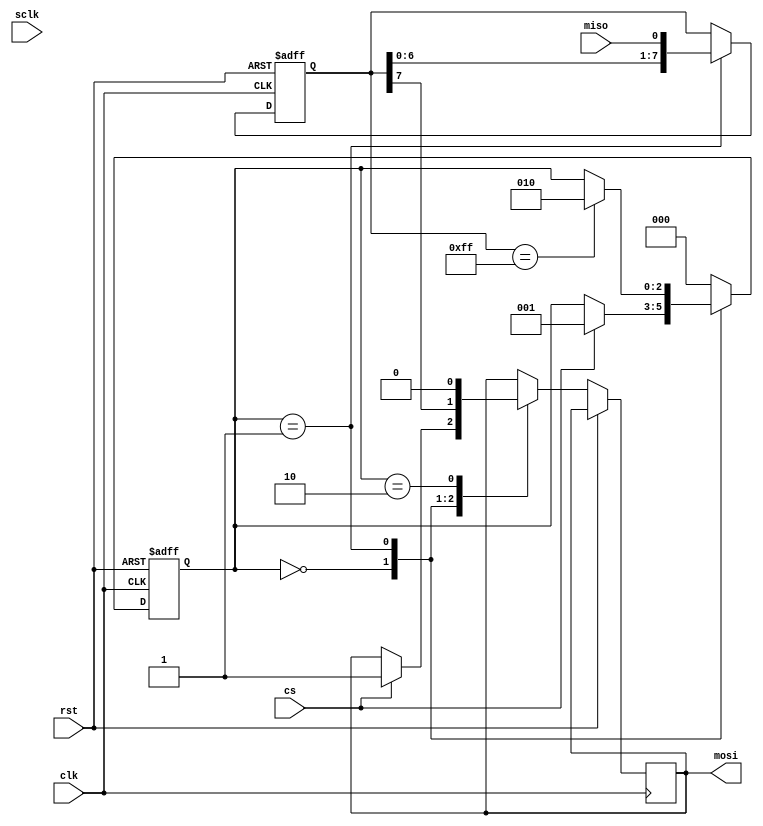
module spi_master (
  input wire clk,
  input wire rst,
  input wire cs,
  input wire sclk,
  output reg mosi,
  input wire miso
);

reg [7:0] data_reg;
reg [2:0] state;

// State definitions
parameter IDLE = 3'd0;
parameter TRANSFER = 3'd1;
parameter DONE = 3'd2;

always @ (posedge clk or posedge rst) begin
  if (rst) begin
    state <= IDLE;
    data_reg <= 8'b0;
  end else begin
    case (state)
      IDLE: begin
        if (cs) begin
          state <= TRANSFER;
          mosi <= 1'b1; // Start of transmission
        end
      end
      TRANSFER: begin
        mosi <= data_reg[7];
        data_reg <= {data_reg[6:0], miso}; // Shift data in
        if ($unsigned(data_reg) == 8'b11111111) begin
          state <= DONE;
        end
      end
      DONE: begin
        state <= IDLE;
        mosi <= 1'b0; // End of transmission
      end
      default: state <= IDLE;
    endcase
  end
end

endmodule